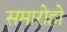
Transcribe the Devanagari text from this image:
समारोहो